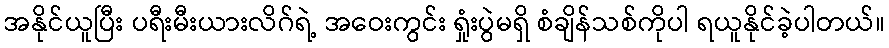
အနိုင်ယူပြီး ပရီးမီးယားလိဂ်ရဲ့ အဝေးကွင်း ရှုံးပွဲမရှိ စံချိန်သစ်ကိုပါ ရယူနိုင်ခဲ့ပါတယ်။